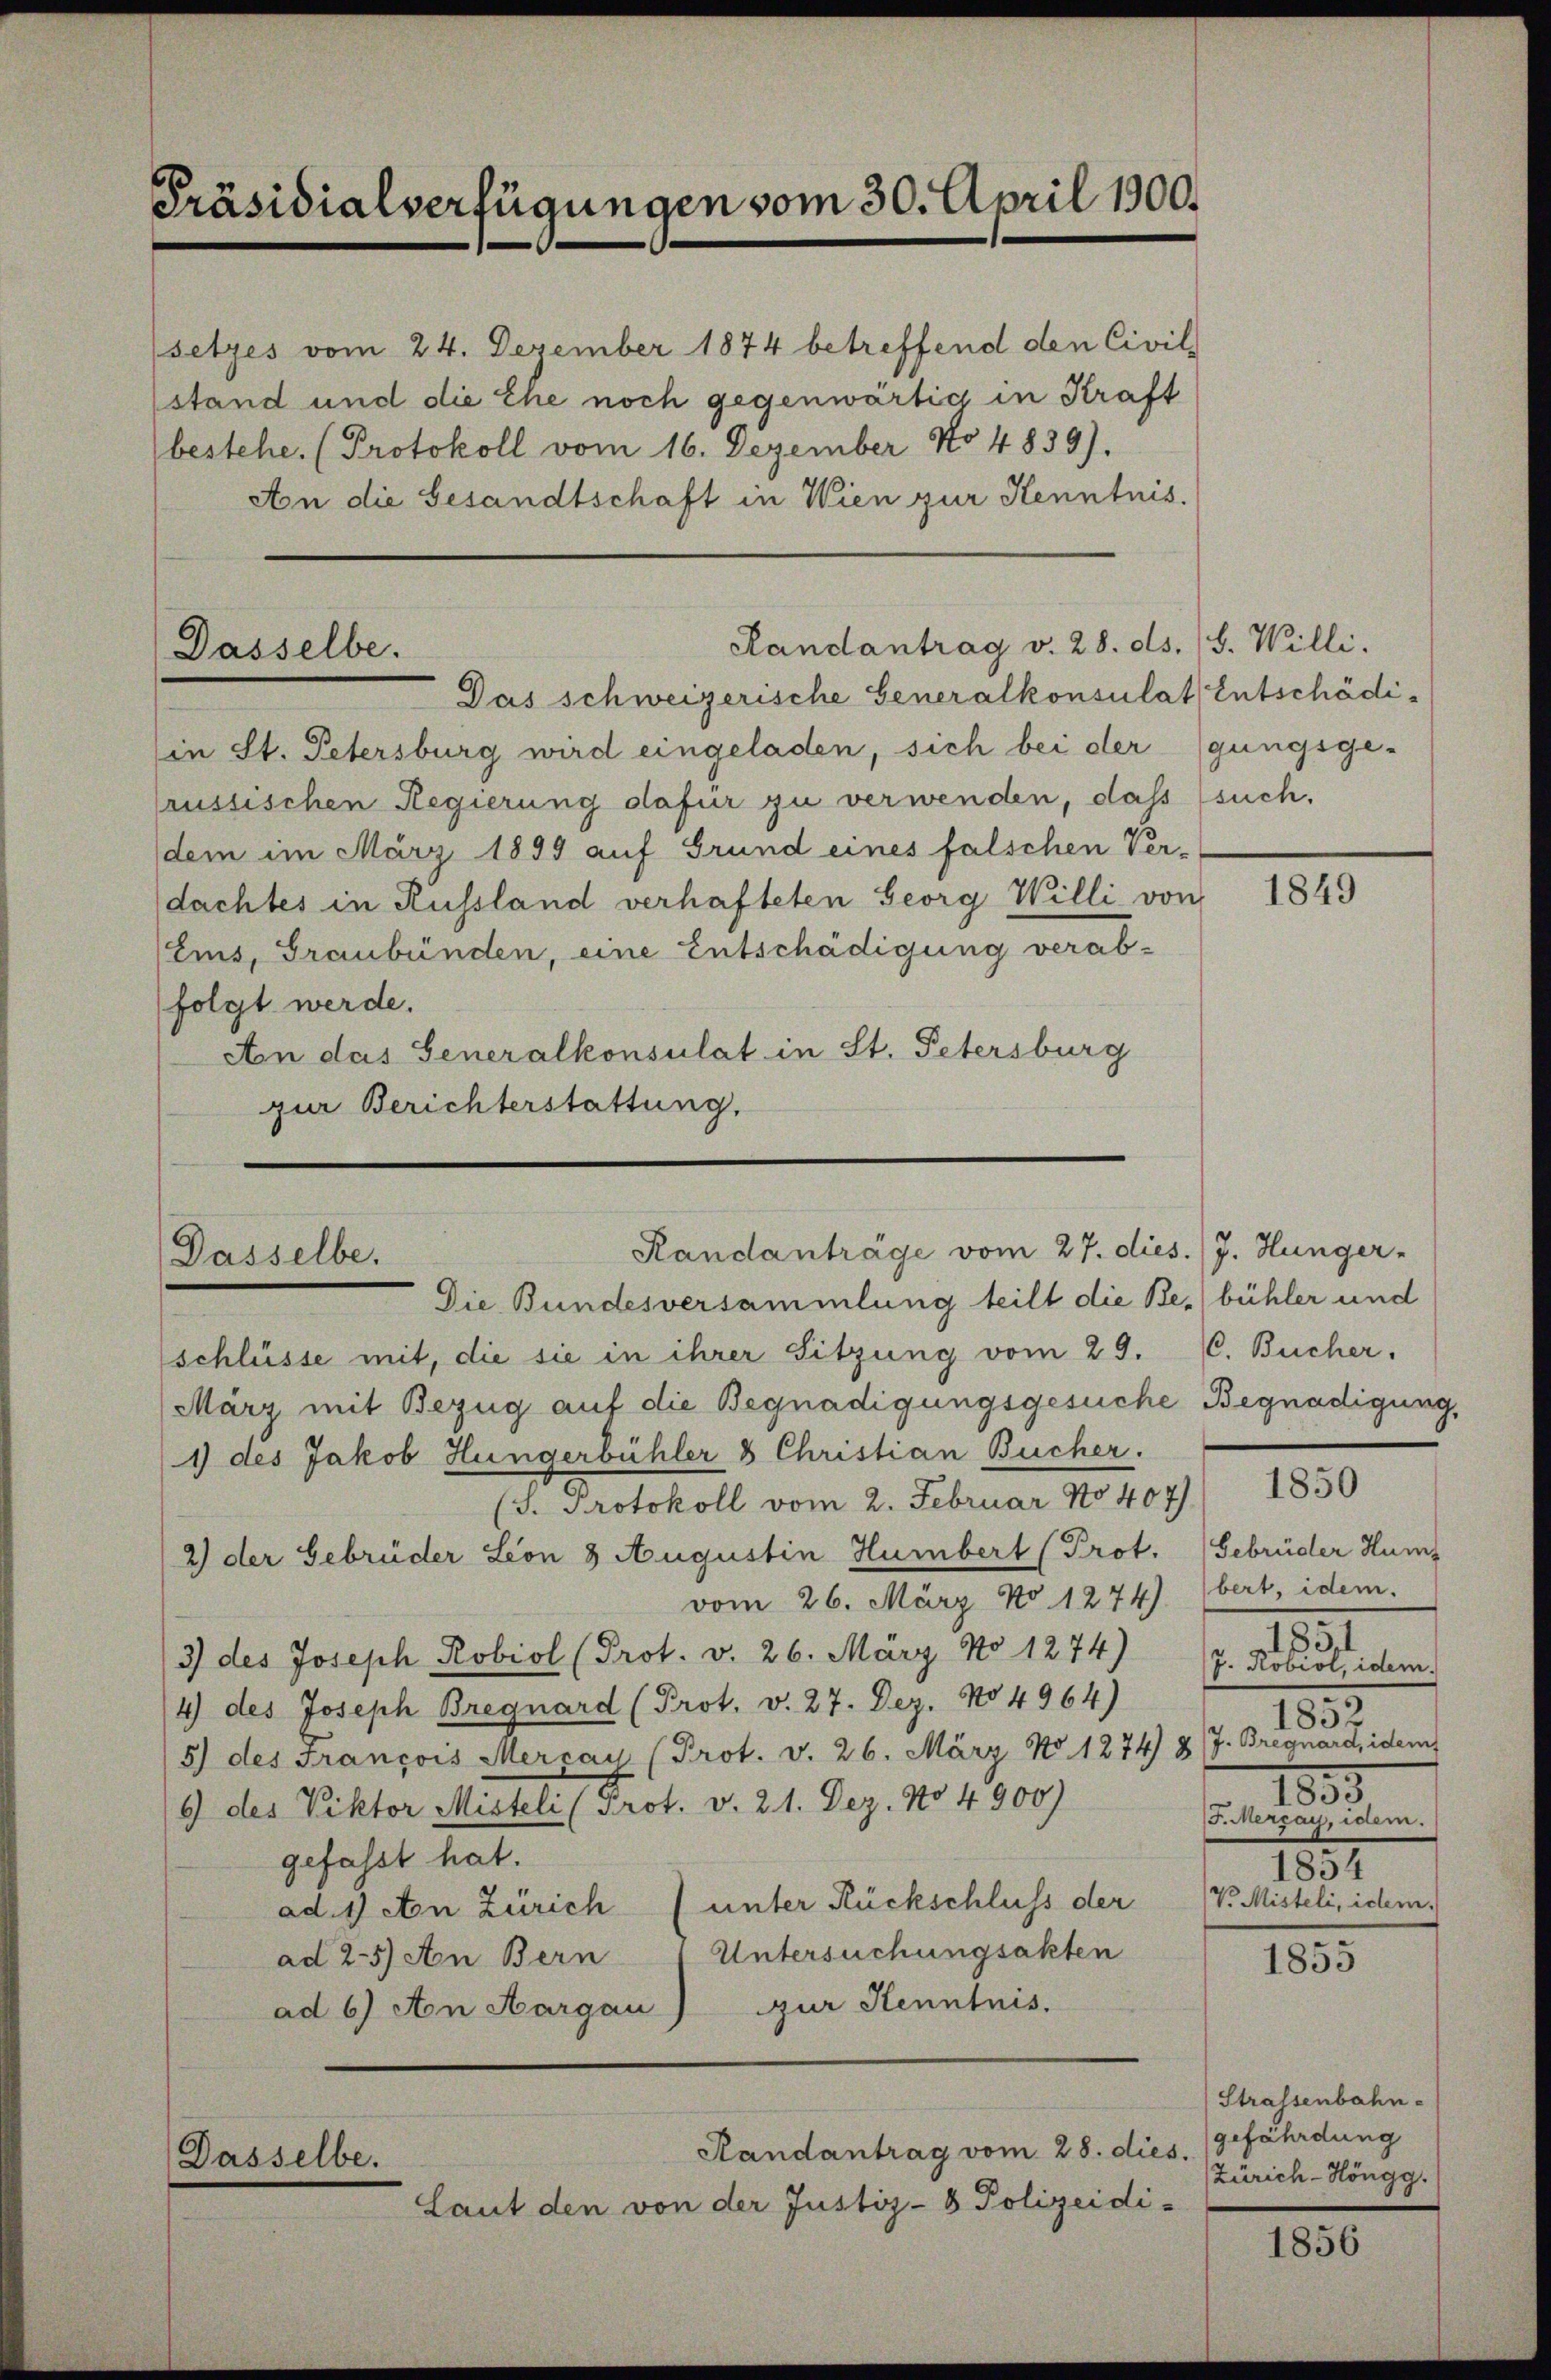
Präsidialverfügungen vom 30. April 1900.

bestehe. (Protokoll vom 16. Dezember No 4839).
An die Gesandtschaft in Wien zur Kenntnis.

setzes vom 24. Dezember 1874 betreffend den Civil
stand und die Ehe noch gegenwärtig in Kraft

Randantrag v. 28. ds. (S. Willi.
Dasselbe.
Das schweizerische Generalkonsulat Entschädi¬

in St. Petersburg wird eingeladen, sich bei der (gungsge-
russischen Regierung dafür zu verwenden, dass such,
(dem im März 1899 auf Grund eines falschen Ver-
dachtes in Russland verhafteten Georg Willi von
(Eis, Graubünden, eine Entschädigung verab-
folgt werde.
An das Generalkonsulat in St. Petersburg
zur Berichterstattung.

Randanträge vom 27. dies. (J. Hunger-
Dasselbe.
Die Bundesversammlung teilt die Besbühler und

schlüsse mit, die sie in ihrer Sitzung vom 29. C. Bucher.
März mit Bezug auf die Begnadigungsgesuche Begnadigung,
1) des Jakob Hungerbühler & Christian Bucher.
(J. Protokoll vom 2. Februar No 407).
2) der Gebrüder Leon 8 Augustin Humbert (Prot. (Gebrüder Hum
vom 26. März No 1274). (bert, idem.
3) des Joseph Robiol (Prot. v. 26. März No 1274)
4) des Joseph Bregnard (Prot. v. 27. Dez. No 4964)
5) des François Mercay (Prot. v. 26. März No 1274) & J. Bregnard, idem
6) des Viktor Misteli (Prot. v. 21. Dez. No 4900)
gefasst hat.
ad. 1) An Zürich (unter Rückschluss der
Untersuchungsakten
ad 25) An Bern
ad 6) An Aargau) zur Kenntnis.

Dasselbe.

Randantrag vom 28. dies.

Laut den von der Justiz- & Polizeidi-

1849

1850

183
J. Kobiol, idem.
185
1859
Ferray, idem.
1851
V. Misteli, idem.

1855

Strassenbahn-
gefährdung
Zürich-Höngg.

1856